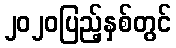
၂၀၂၀ပြည့်နှစ်တွင်